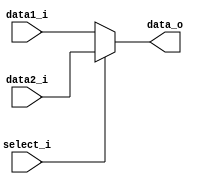
// 2 to 1 multiplexer
module Mux_2_way(
    data1_i,
    data2_i,
    select_i,
    data_o
);

input   [31:0]  data1_i;
input   [31:0]  data2_i;
input          select_i;
output  [31:0]  data_o;

assign data_o = (select_i==1) ? data2_i : data1_i;

endmodule


// 4 to 1 Multiplexer
module Mux_4_way(
    data1_i,
    data2_i,
    data3_i,
    data4_i,
    select_i,
    data_o
);

input   [31:0]  data1_i;
input   [31:0]  data2_i;
input   [31:0]  data3_i;
input   [31:0]  data4_i;
input   [1:0]   select_i;
output  [31:0]  data_o;

reg     [31:0]  data_o;
always @(*) begin
    case (select_i)
        0:  data_o = data1_i;
        1:  data_o = data2_i;
        2:  data_o = data3_i;
        3:  data_o = data4_i;
    endcase
end


endmodule